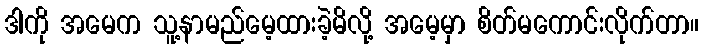
ဒါကို အမေက သူ့နာမည်မေ့ထားခဲ့မိလို့ အမေ့မှာ စိတ်မကောင်းလိုက်တာ။